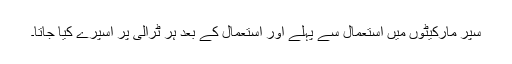
سپر مارکیٹوں میں استعمال سے پہلے اور استعمال کے بعد ہر ٹرالی پر اسپرے کیا جاتا۔